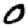
Digit: 0